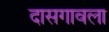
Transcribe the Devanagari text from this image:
दासगावला